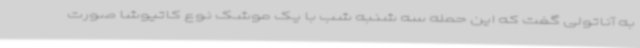
به آناتولی گفت که این حمله سه شنبه شب با یک موشک نوع کاتیوشا صورت